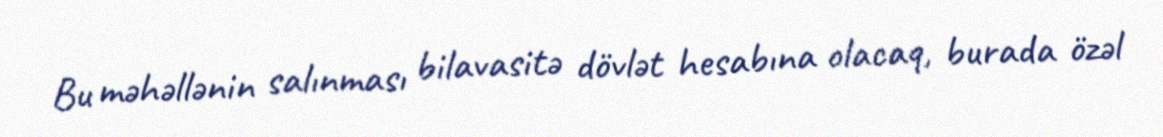
Bu məhəllənin salınması bilavasitə dövlət hesabına olacaq, burada özəl